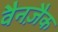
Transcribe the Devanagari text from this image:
वैनज़ैक